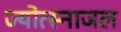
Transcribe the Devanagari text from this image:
ज्योत्स्नाजल